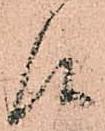
候